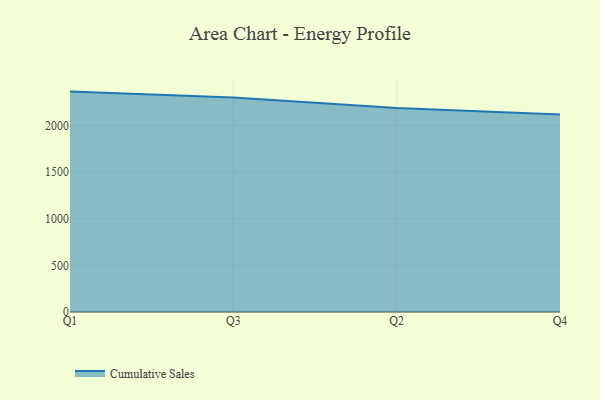
{"axis": {"x": "Quarter", "y": "Market Share (%)"}, "legend": ["Cumulative Sales"], "data": [{"x": "Q1", "y": 2362.5, "type": "Cumulative Sales"}, {"x": "Q3", "y": 2299.3, "type": "Cumulative Sales"}, {"x": "Q2", "y": 2185.4, "type": "Cumulative Sales"}, {"x": "Q4", "y": 2117.4, "type": "Cumulative Sales"}]}